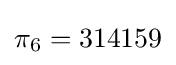
\pi _{6}=314159